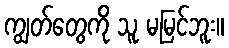
ကျွတ်တွေကို သူ မမြင်ဘူး။